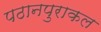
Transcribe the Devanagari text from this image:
पठानपुराकल